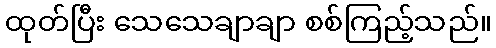
ထုတ်ပြီး သေသေချာချာ စစ်ကြည့်သည်။